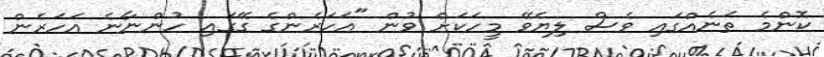
ކޮންމެ ތަނެއްގައި ވެސް ލިޔެވޭ މީހަކަށް ވުން "އަހަރެންގެ ގޭގައި ހުންނާނެ އަހަރެން